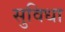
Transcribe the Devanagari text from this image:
सुविधा